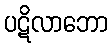
ပဋိလာဘော